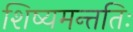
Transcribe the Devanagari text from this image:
शिष्यमन्ततिः